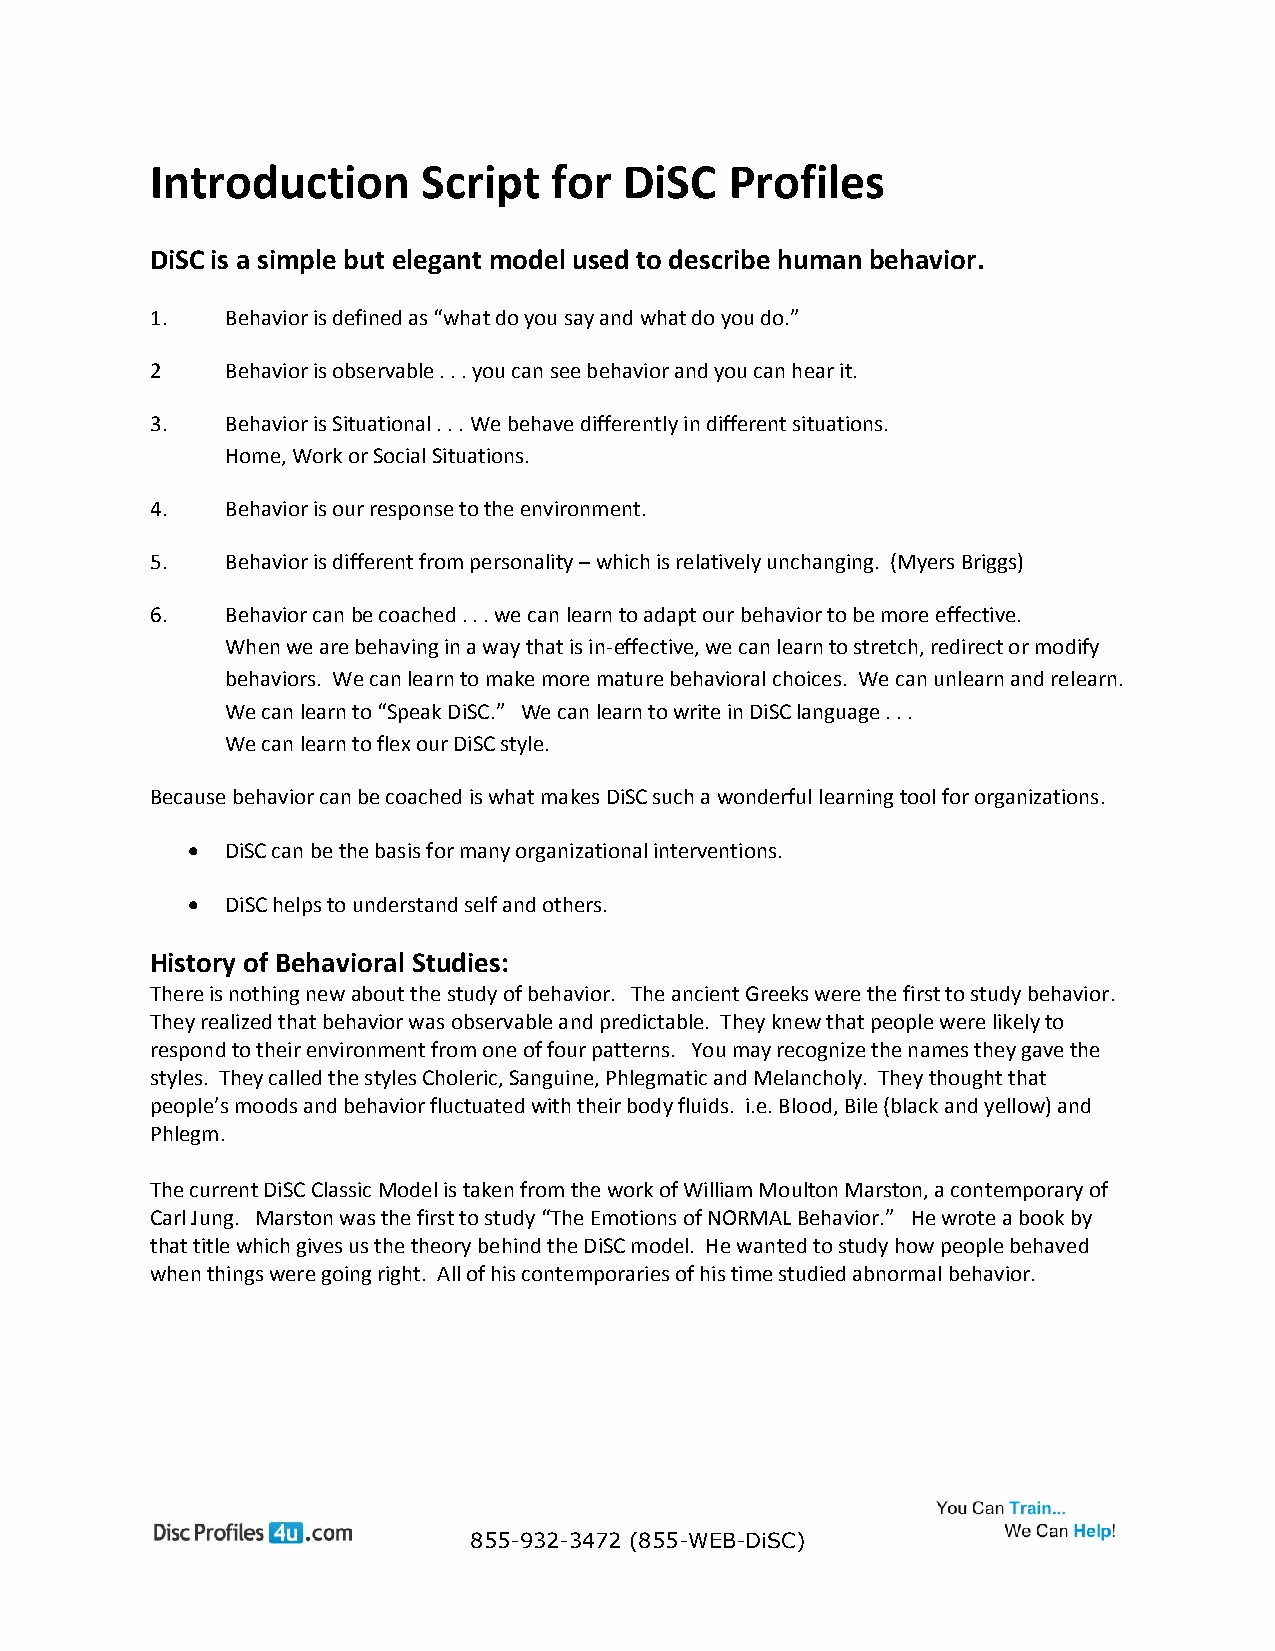
Introduction      Script  for  DiSC   Profiles
 DiSC is a simple but elegant model used to describe human behavior.
 1.   Behavior is defined as “what do you say and what do you do.”
 2    Behavior is observable . . . you can see behavior and you can hear it.
 3.   Behavior is Situational . . . We behave differently in different situations.
 Home, Work or Social Situations.
 4.   Behavior is our response to the environment.
 5.   Behavior is different from personality – which is relatively unchanging. (Myers Briggs)
 6.   Behavior can be coached . . . we can learn to adapt our behavior to be more effective.
 When we are behaving in a way that is in-effective, we can learn to stretch, redirect or modify
 behaviors. We can learn to make more mature behavioral choices. We can unlearn and relearn.
 We can learn to “Speak DiSC.” We can learn to write in DiSC language . . .
 We can learn to flex our DiSC style.
 Because behavior can be coached is what makes DiSC such a wonderful learning tool for organizations.
   DiSC can be the basis for many organizational interventions.
   DiSC helps to understand self and others.
 History of Behavioral Studies:
 There is nothing new about the study of behavior. The ancient Greeks were the first to study behavior.
 They realized that behavior was observable and predictable. They knew that people were likely to
 respond to their environment from one of four patterns. You may recognize the names they gave the
 styles. They called the styles Choleric, Sanguine, Phlegmatic and Melancholy. They thought that
 people’s moods and behavior fluctuated with their body fluids. i.e. Blood, Bile (black and yellow) and
 Phlegm.
 The current DiSC Classic Model is taken from the work of William Moulton Marston, a contemporary of
 Carl Jung. Marston was the first to study “The Emotions of NORMAL Behavior.” He wrote a book by
 that title which gives us the theory behind the DiSC model. He wanted to study how people behaved
 when things were going right. All of his contemporaries of his time studied abnormal behavior.
 855-932-3472 (855-WEB-DiSC)